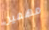
مهمين